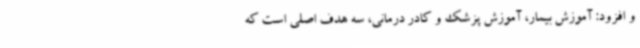
و افزود: آموزش بیمار، آموزش پزشک و کادر درمانی، سه هدف اصلی است که